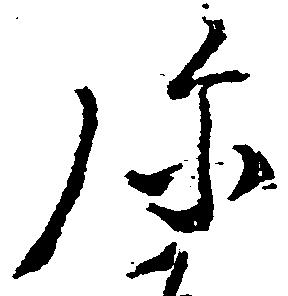
弥